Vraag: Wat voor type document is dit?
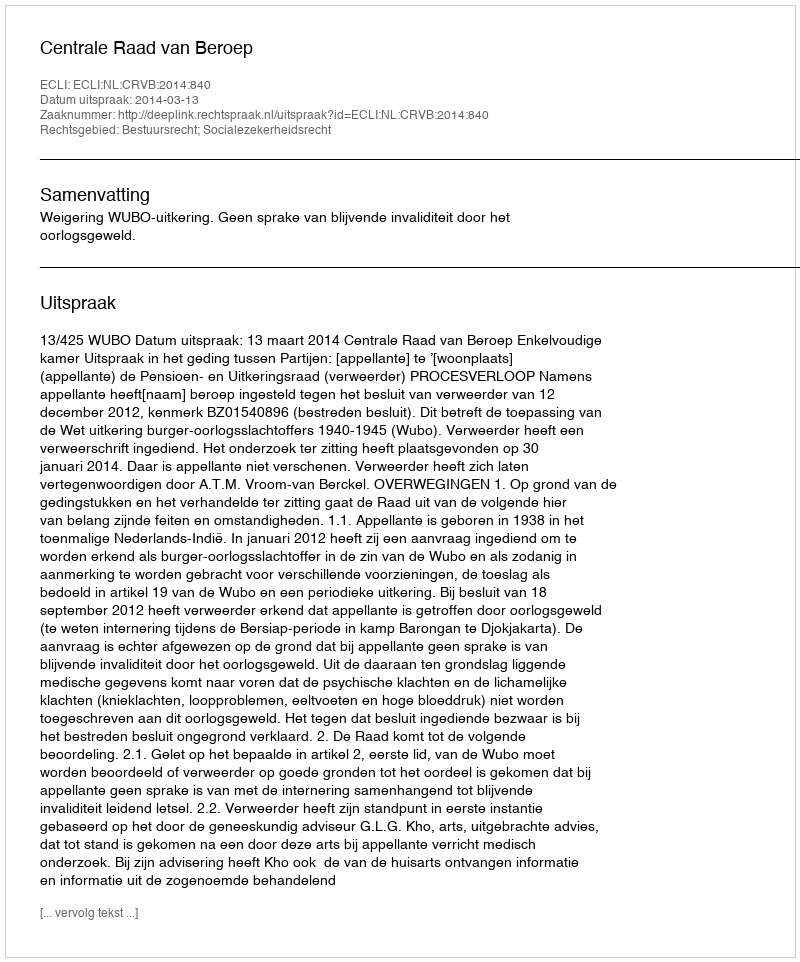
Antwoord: Uitspraak